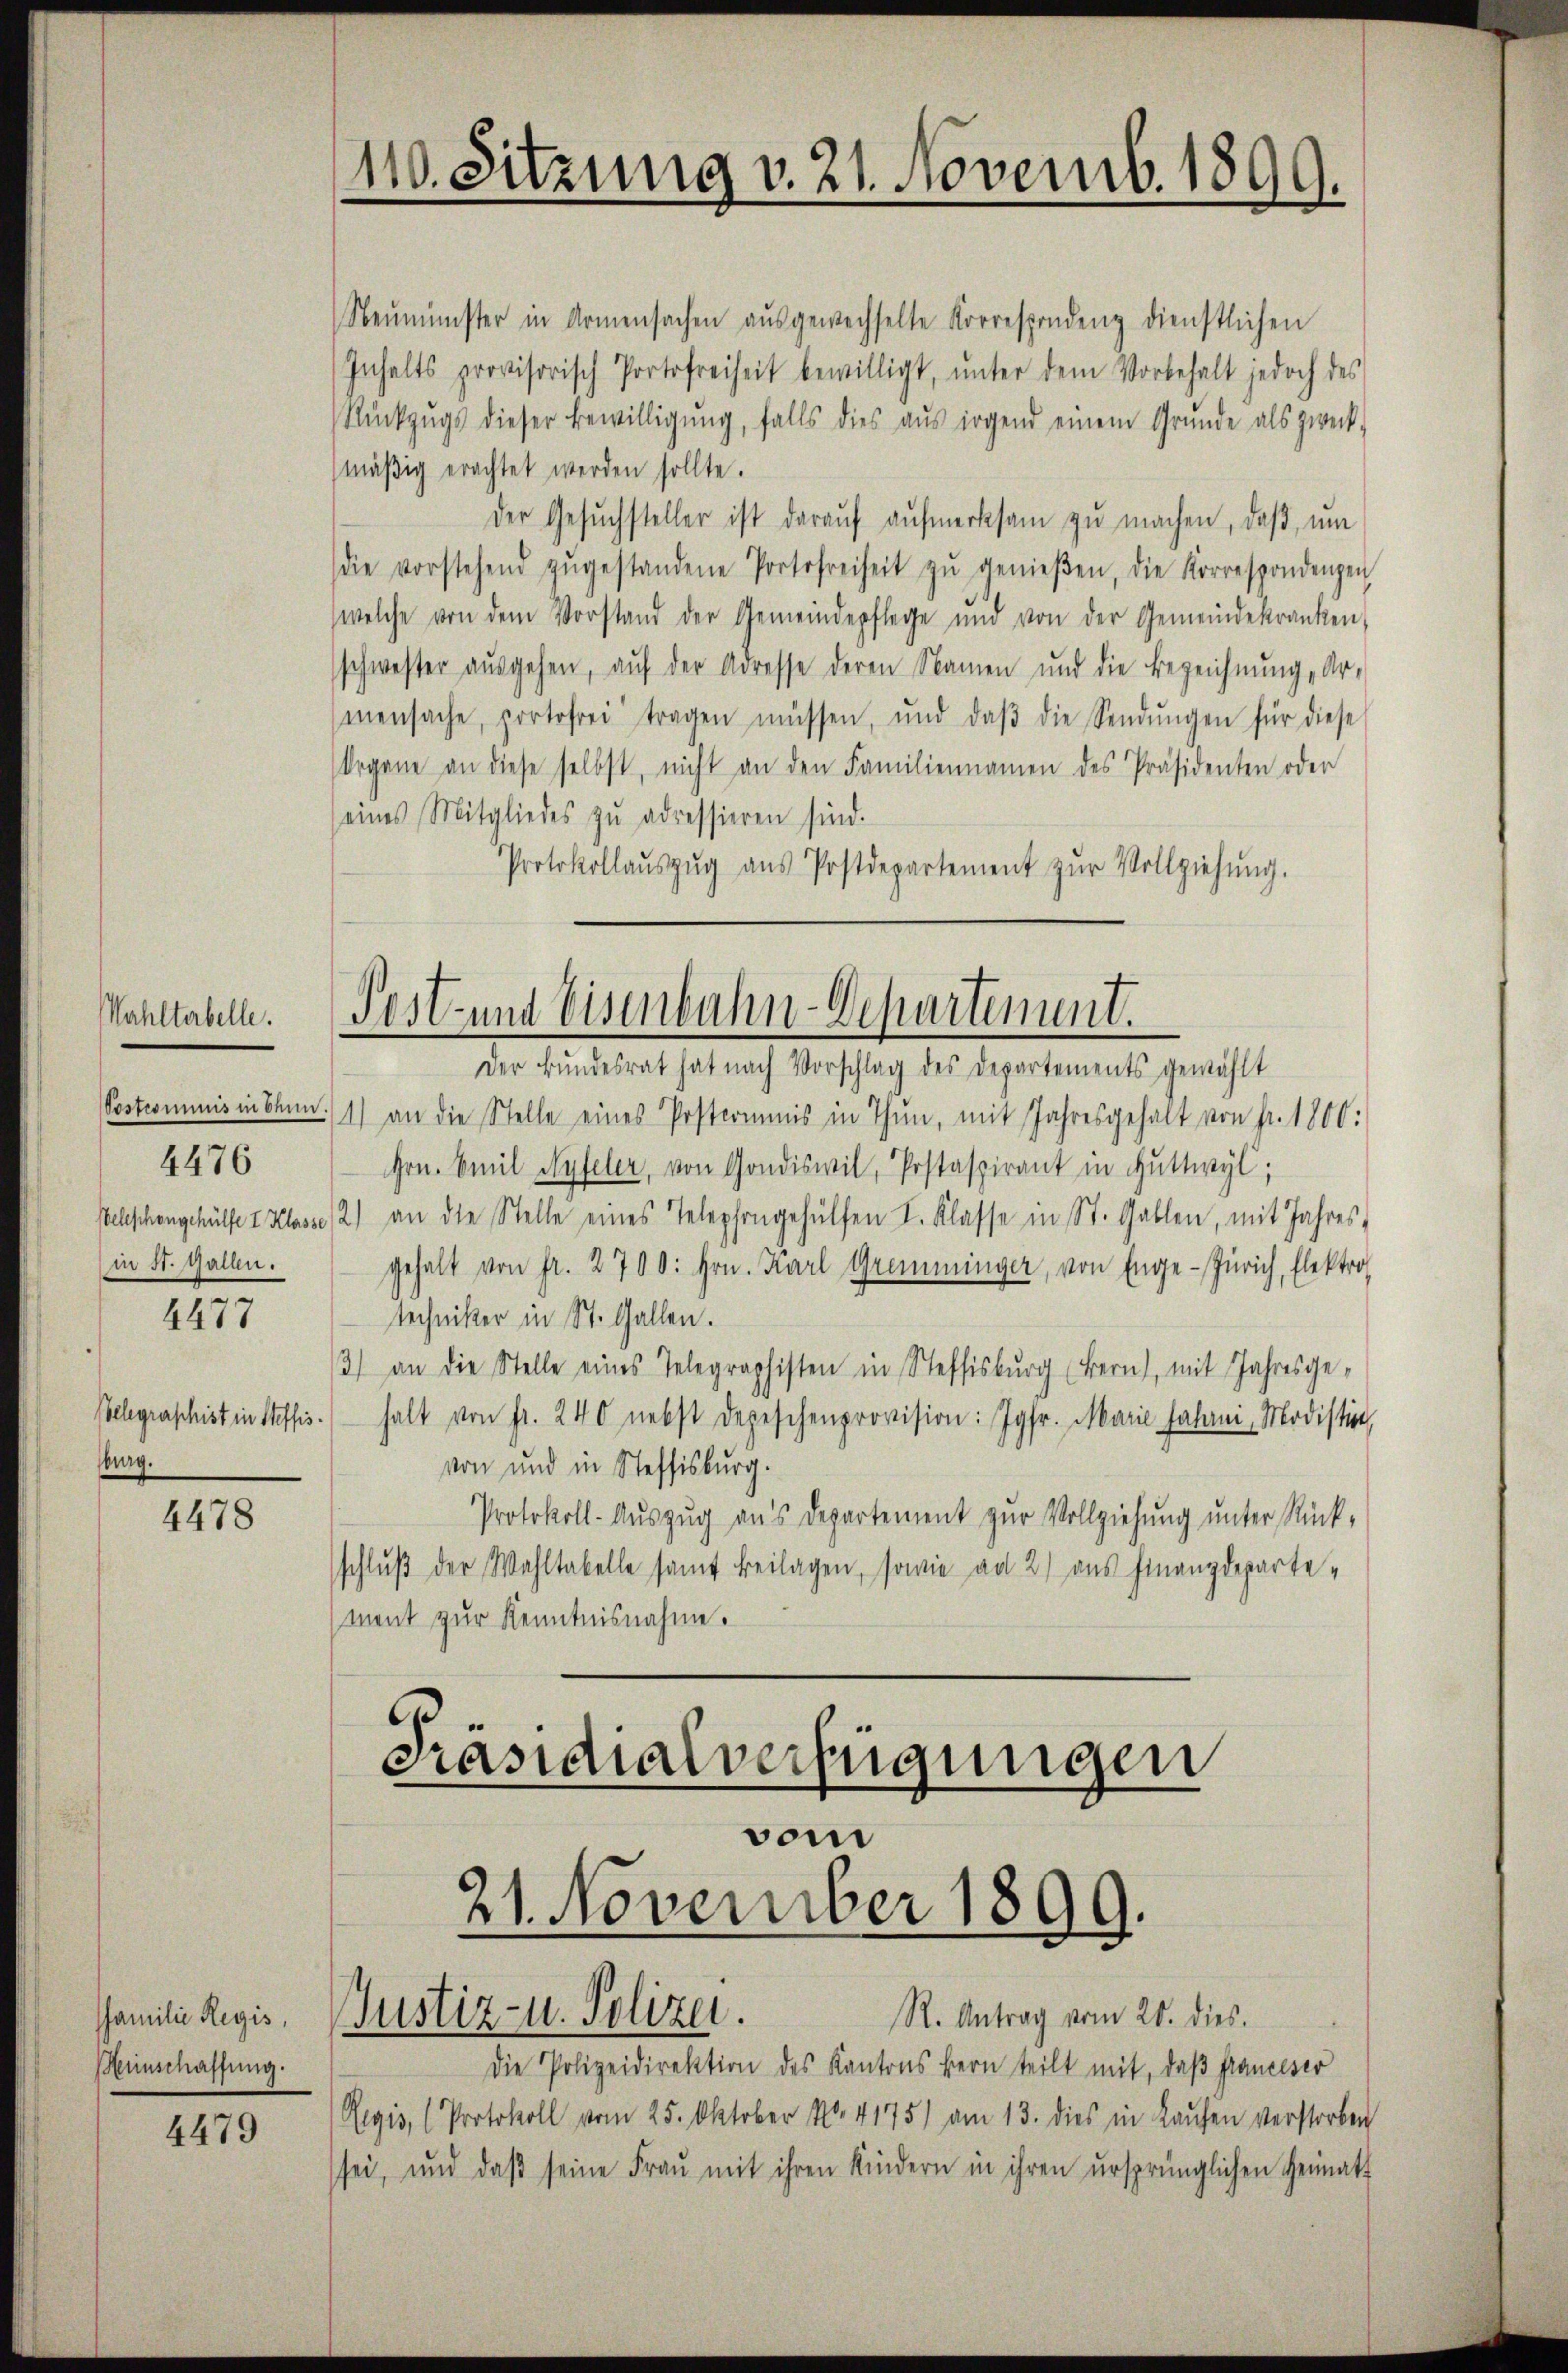
4476
Telephongehülfe I Klasse
in St. Gallen.

4477

Telegraphist in Steffis.
burg.

4478

Familie Regis,
Menschaffung.

4479

Neumünster in Armensachen aŭsgewechselte Korrespondenz dienstlichen
Inhalts provisorisch Portofreiheit bewilligt, ŭnter dem Vorbehalt jedoch des
Rückzugs dieser Bewilligung, falls dies aus irgend einem Grunde als zweck-
mäßig erachtet werden sollte.
der Gesŭchsteller ist daraŭf aŭfmerksam zŭ machen, daβ ŭm
(die vorstehend zŭgestandene Portofreiheit zŭ genieβen, die Korrespondenzen
(welche von dem Vorstand der Gemeindepflege und von der Gemeindekranken,
schwester ausgehen, auf der Adresse deren Namen und die Bezeichnŭng, Ar-
senensache, portofrei tragen müssen, und daβ die Sendŭngen für diese
Organe an diese selbst, nicht an den Familiennamen des Präsidenten oder
seines Mitgliedes zŭ adressieren sind.
Protokollaŭszŭg aŭs Postdepartement zŭr Vollziehŭng.

110. Sitzung v. 21. Novemb. 1899.

Mahltabelle. Post- und Eisenbahn-Departement.
Der Bundesrat hat nach Vorschlag des Departements gewählt

Pestcommis in kann 1) an die Stelle eines Postcommis in Thun, mit Jahresgehalt von Fr. 1800:
Hrn. Emil Hyfeler, von Gondiswil, Postaspirant in Guttwyl,
2) an die Stelle eines Telephongehülfen I. Klasse in St. Gallen, mit Jahres-
gehalt von fr. 2700: hrn. Karl Gremminger, von Enge-Zürich, Elektro
techniker in St. Gallen.
3) an die Stelle eines Telegraphisten in Steffisburg Bern, mit Jahresge-
halt von Fr. 240 nebst depeschenprovision: Jgfr. Marie Jahrni, Modistire,
von und in Steffisburg.
Protokoll-Auszug aus Departement zur Vollziehung unter Rück-
schluß der Wahltabelle samt Beilagen, sowie ad 2) aus Finanzdepartement zur Kenntnisnahme.

.
Präsidialverfügungen
vom
21. November 1899.
R. Antrag vom 20. dies.
Justiz- u. Polizei.

Die Polizeidirektion des Kantons Bern teilt mit, daβ franceser
Regis, (Protokoll vom 25. Oktober No. 4175) am 13. dies in Laufen verstorben
sei, und daβ seine Frau mit ihren Kindern in ihren ursprünglichen Heimat